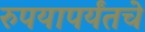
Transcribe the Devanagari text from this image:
रुपयापर्यंतचे